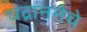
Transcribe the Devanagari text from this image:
चंद्राननेचे